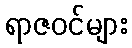
ရာဇဝင်များ